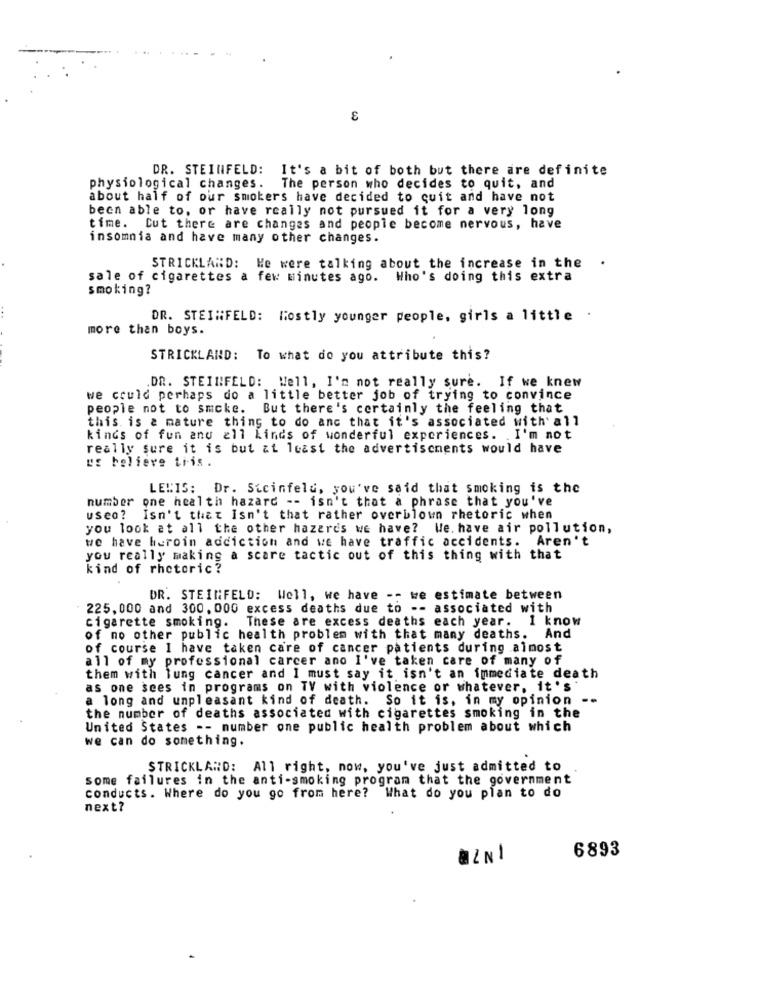
DR. STEINFELD:
It's a bit of both but there are definite
physiological changes.
The person who decides to quit, and
about half of our smokers have decided to quit and have not
been able to, or have really not pursued it for a very long
time. Cut there are changes and people become nervous, have
insomnia and have many other changes.
.
STRICKLAND: We were talking about the increase in the
sale of cigarettes a few minutes ago. Who's doing this extra
smoking?
DR. STEINFELD: Mostly younger people, girls a little
more than boys.
STRICKLAND: To what do you attribute this?
.DR. STEINFELD: Well, I'm not really sure. If we knew
we could perhaps do a little better job of trying to convince
people not to smoke. But there's certainly the feeling that
this is a mature thing to do anc that it's associated with' all
kings of fun and all Kinds of wonderful experiences. . I'm not
really sure it is but at least the advertisements would have
us believe tris .
LEWIS: Dr. Stcinfeld, you've said that smoking is the
number one health hazard -- isn't that a phrase that you've
useo? Isn't that Isn't that rather overblown rhetoric when
you look at all the other hazards we have? We. have air pollution,
we have heroin addiction and we have traffic accidents. Aren't
you really making a scare tactic out of this thing with that
kind of rhetoric?
DR. STEINFELD: Well, we have -- we estimate between
225. 000 and 300. 000 excess deaths due to -- associated with
cigarette smoking. These are excess deaths each year. I know
of no other public health problem with that many deaths. And
of course I have taken care of cancer patients during almost
all of my professional carcer ano I've taken care of many of
them with lung cancer and I must say it isn't an immediate death
as one sees in programs on TV with violence or whatever, it's
a long and unpleasant kind of death. So it is, in my opinion -.
the number of deaths associated with cigarettes smoking in the
United States -- number one public health problem about which
we can do something.
STRICKLAND: All right, now, you've just admitted to
some failures in the anti-smoking program that the government
conducts. Where do you go from here? What do you plan to do
next?
-
6893